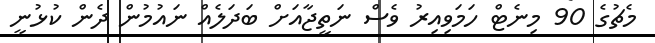
މެޗުގެ 90 މިނެޓް ހަމަވިއިރު ވެސް ނަތީޖާއަށް ބަދަލެއް ނައުމުން ދެން ކުޅުނީ